Annual report on the working of the Harcourt Butler Institute of Public Health, Rangoon
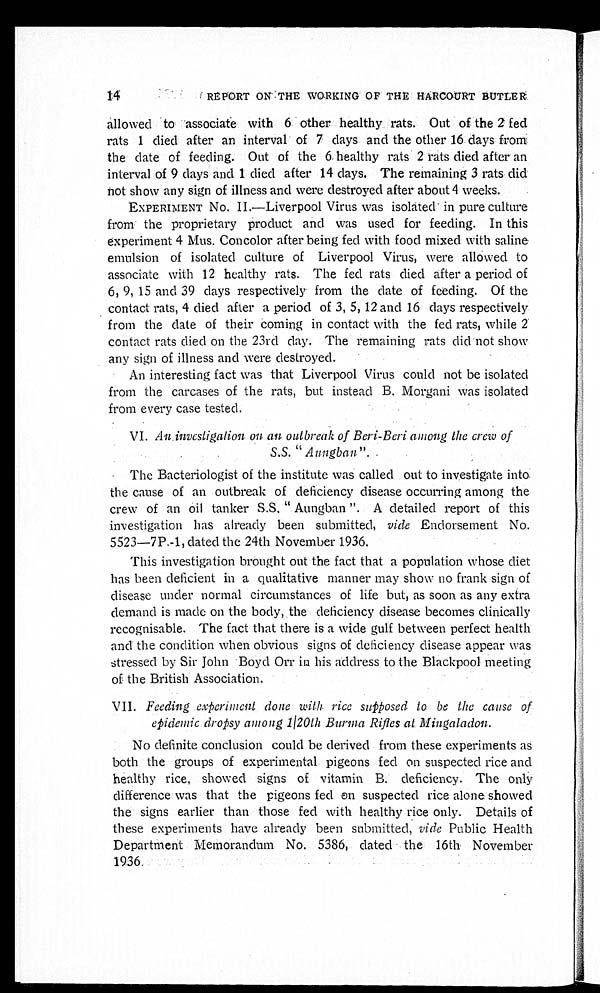
14 REPORT ON THE WORKING OF THE HARCOURT BUTLER
allowed to associate with 6 other healthy rats. Out of the 2 fed
rats 1 died after an interval of 7 days and the other 16. days from
the date of feeding. Out of the 6 healthy rats 2 rats died after an
interval of 9 days and 1 died after 14 days. The remaining 3 rats did
not show any sign of illness and were destroyed after about 4 weeks.
EXPERIMENT No. II.—Liverpool Virus was isolated in pure culture
from the proprietary product and was used for feeding. In this
experiment 4 Mus. Concolor after being fed with food mixed with saline
emulsion of isolated culture of Liverpool Virus, were allowed to
associate with 12 healthy rats. The fed rats died after a period of
6, 9, 15 and 39 days respectively from the date of feeding. Of the
contact rats, 4 died after a period of 3, 5, 12 and 16 days respectively
from the date of their coming in contact with the fed rats, while 2
contact rats died on the 23rd day. The remaining rats did not show
any sign of illness and were destroyed.
An interesting fact was that Liverpool Virus could not be isolated
from the carcases of the rats, but instead B. Morgani was isolated
from every case tested.
VI. An investigation on an outbreak of Beri-Beri among the crew of
S.S. "Aungba
n".
The Bacteriologist of the institute was called out to investigate into
the cause of an outbreak of deficiency disease occurring among the
crew of an oil tanker S.S, "Aungban". A detailed report of this
investigation has already been submitted, vide Endorsement No.
5523—7P.-1, dated the 24th November 1936.
This investigation brought out the fact that a population whose diet
has been deficient in a qualitative manner may show no frank sign of
disease under normal circumstances of life but, as soon as any extra
demand is made on the body, the deficiency disease becomes clinically
recognisable. The fact that there is a wide gulf between perfect health
and the condition when obvious signs of deficiency disease appear was
stressed by Sir John Boyd Orr in his address to the Blackpool meeting
of the British Association.
VII. Feeding experiment done with rice supposed to be the cause of
epidemic dropsy among 1/20th Burma Rifles at Mingaladon.
No definite conclusion could be derived from these experiments as
both the groups of experimental pigeons fed on suspected rice and
healthy rice, showed signs of vitamin B. deficiency. The only
difference was that the pigeons fed on suspected rice alone showed
the signs earlier than those fed with healthy rice only. Details of
these experiments have already been submitted, vide Public Health
Department Memorandum No. 5386, dated the 16th November
1936.